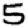
Digit: 5